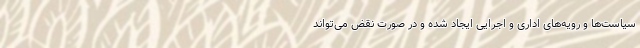
سیاست‌ها و رویه‌های اداری و اجرایی ایجاد شده و در صورت نقض می‌تواند